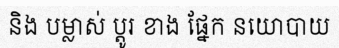
និង បម្លាស់ ប្តូរ ខាង ផ្នែក នយោបាយ